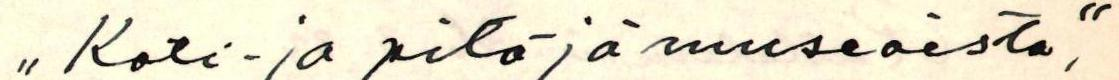
"Koti- ja pitäjämuseoista",